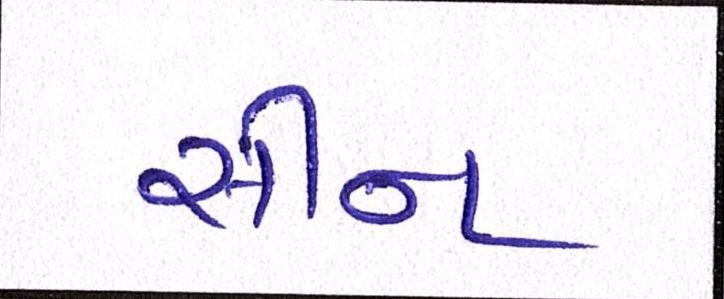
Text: સીન